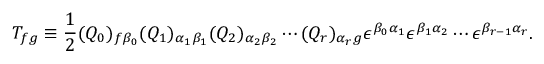
T _ { f g } \equiv \frac { 1 } { 2 } ( Q _ { 0 } ) _ { f \beta _ { 0 } } ( Q _ { 1 } ) _ { \alpha _ { 1 } \beta _ { 1 } } ( Q _ { 2 } ) _ { \alpha _ { 2 } \beta _ { 2 } } \cdots ( Q _ { r } ) _ { \alpha _ { r } g } \epsilon ^ { \beta _ { 0 } \alpha _ { 1 } } \epsilon ^ { \beta _ { 1 } \alpha _ { 2 } } \cdots \epsilon ^ { \beta _ { r - 1 } \alpha _ { r } } .